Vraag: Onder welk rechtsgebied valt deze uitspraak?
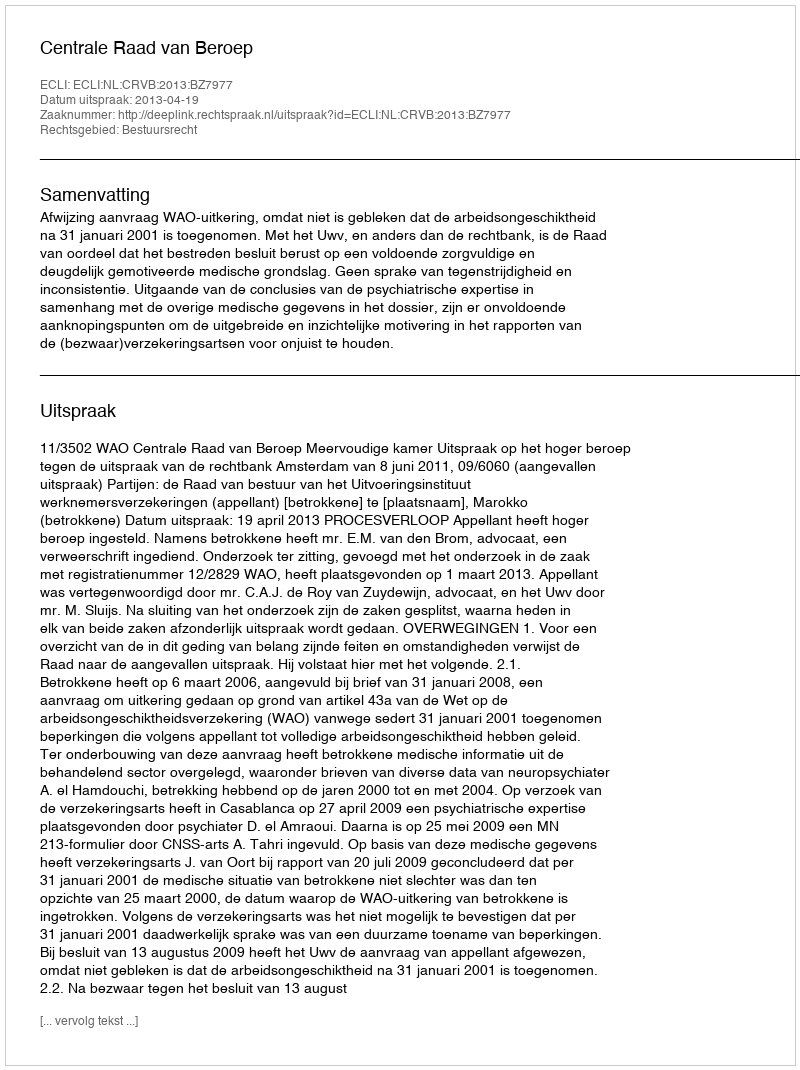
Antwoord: Bestuursrecht